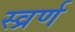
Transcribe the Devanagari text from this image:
स्व्रर्ण